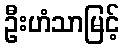
ဦးဟံသာမြင့်